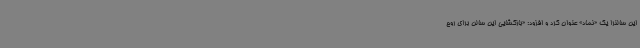
این سالنرا یک «نماد» عنوان کرد و افزود: «بازگشایی این سالن برای روح